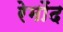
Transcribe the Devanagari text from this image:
रेमोंद